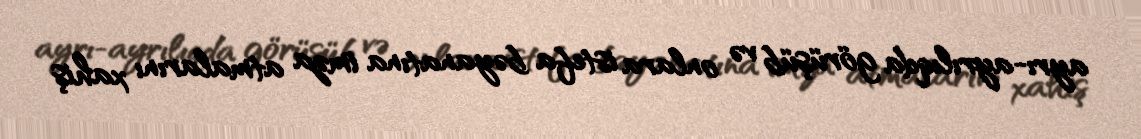
ayrı-ayrılıqda görüşüb və onlara istefa bəyanatına imza atmalarını xahiş